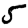
Digit: 5